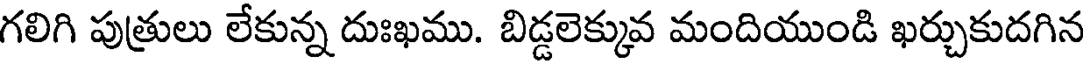
గలిగి పుత్రులు లేకున్న దుఃఖము. బిడ్డలెక్కువ మందియుండి ఖర్చుకుదగిన